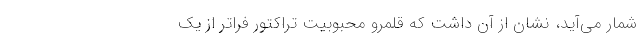
شمار می‌آید، نشان از آن داشت که قلمرو محبوبیت تراکتور فراتر از یک